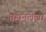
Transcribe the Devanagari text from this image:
तहानलेला